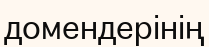
домендерінің